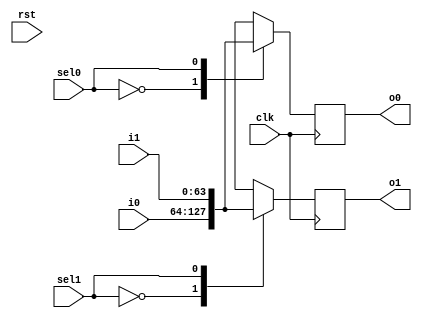
`timescale 1ns / 1ps
//////////////////////////////////////////////////////////////////////////////////
// Company: 
// Engineer: 
// 
// Design Name: 
// Module Name: crossbar
// Project Name: 
// Target Devices: 
// Tool Versions: 
// Description: 
// 
// Dependencies: 
// 
// Revision:
// Revision 0.01 - File Created
// Additional Comments:
// 
//////////////////////////////////////////////////////////////////////////////////


module crossbar(i0,i1,
      sel0, sel1,
		o0,o1,clk, rst);
input clk, rst;
input[63:0] i0,i1;
output reg[63:0] o0,o1;
input sel0, sel1;
always @(posedge clk)
begin
case(sel0)
1'b0: o0<=i0;
1'b1: o0<=i1;
default: o0<=8'bxxxxxxxx;
endcase
case(sel1)
1'b0: o1<=i0;
1'b1: o1<=i1;
default: o1<=8'bxxxxxxxx;
endcase

$display("output local i0 %d, %t", i0, $time);
$display("output local i1 %d, %t", i1, $time);
$display("select0 signal %b, %t", sel0, $time);
$display("select1 signal %b, %t", sel1, $time);

end
//sel1,sel2,sel3,sel4;
//assign o0= (i0&sel0);
//assign o0=((i0&~i1&~i2&~i3&~i4&sel0)|(~i0&i1&~i2&~i3&~i4&sel0)|(~i0&~i1&i2&~i3&~i4&sel0)|(~i0&~i1&~i2&i3&~i4&sel0)|(~i0&~i1&~i2&~i3&i4&sel0));
//assign o1=((i0&~i1&~i2&~i3&~i4&sel1)|(~i0&i1&~i2&~i3&~i4&sel1)|(~i0&~i1&i2&~i3&~i4&sel1)|(~i0&~i1&~i2&i3&~i4&sel1)|(~i0&~i1&~i2&~i3&i4&sel1));
//assign o2=((i0&~i1&~i2&~i3&~i4&sel2)|(~i0&i1&~i2&~i3&~i4&sel2)|(~i0&~i1&i2&~i3&~i4&sel2)|(~i0&~i1&~i2&i3&~i4&sel2)|(~i0&~i1&~i2&~i3&i4&sel2));
//assign o3=((i0&~i1&~i2&~i3&~i4&sel3)|(~i0&i1&~i2&~i3&~i4&sel3)|(~i0&~i1&i2&~i3&~i4&sel3)|(~i0&~i1&~i2&i3&~i4&sel3)|(~i0&~i1&~i2&~i3&i4&sel3));
//assign o4=((i0&~i1&~i2&~i3&~i4&sel4)|(~i0&i1&~i2&~i3&~i4&sel4)|(~i0&~i1&i2&~i3&~i4&sel4)|(~i0&~i1&~i2&i3&~i4&sel4)|(~i0&~i1&~i2&~i3&i4&sel4));
endmodule